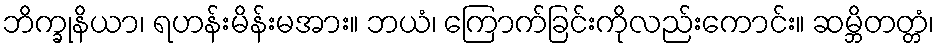
ဘိက္ခုနိယာ၊ ရဟန်းမိန်းမအား။ ဘယံ၊ ကြောက်ခြင်းကိုလည်းကောင်း။ ဆမ္ဘိတတ္တံ၊